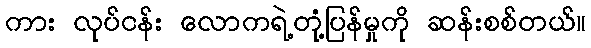
ကား လုပ်ငန်း လောကရဲ့တုံ့ပြန်မှုကို ဆန်းစစ်တယ်။